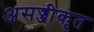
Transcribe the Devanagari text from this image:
असज्जीकृत